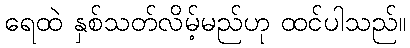
ရေထဲ နှစ်သတ်လိမ့်မည်ဟု ထင်ပါသည်။